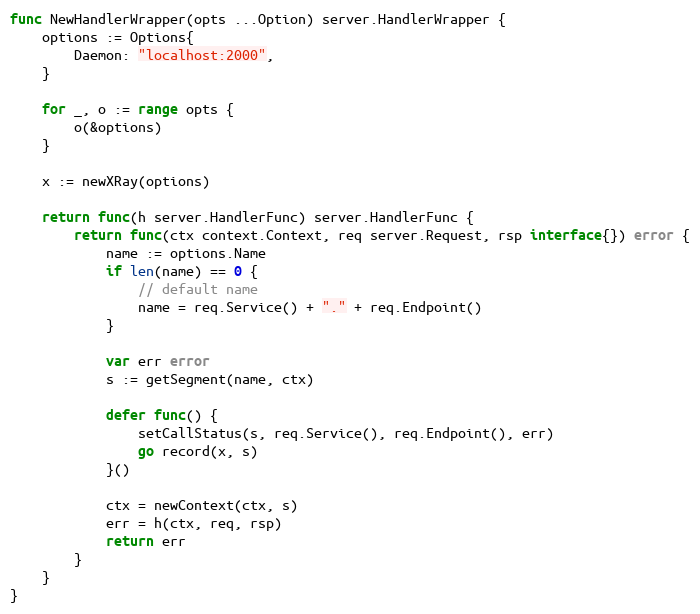
Language: Go
func NewHandlerWrapper(opts ...Option) server.HandlerWrapper {
	options := Options{
		Daemon: "localhost:2000",
	}

	for _, o := range opts {
		o(&options)
	}

	x := newXRay(options)

	return func(h server.HandlerFunc) server.HandlerFunc {
		return func(ctx context.Context, req server.Request, rsp interface{}) error {
			name := options.Name
			if len(name) == 0 {
				// default name
				name = req.Service() + "." + req.Endpoint()
			}

			var err error
			s := getSegment(name, ctx)

			defer func() {
				setCallStatus(s, req.Service(), req.Endpoint(), err)
				go record(x, s)
			}()

			ctx = newContext(ctx, s)
			err = h(ctx, req, rsp)
			return err
		}
	}
}